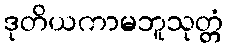
ဒုတိယကာမဘူသုတ္တံ